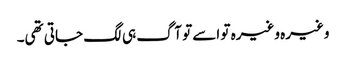
وغیرہ وغیرہ تو اسے تو آگ ہی لگ جاتی تھی۔